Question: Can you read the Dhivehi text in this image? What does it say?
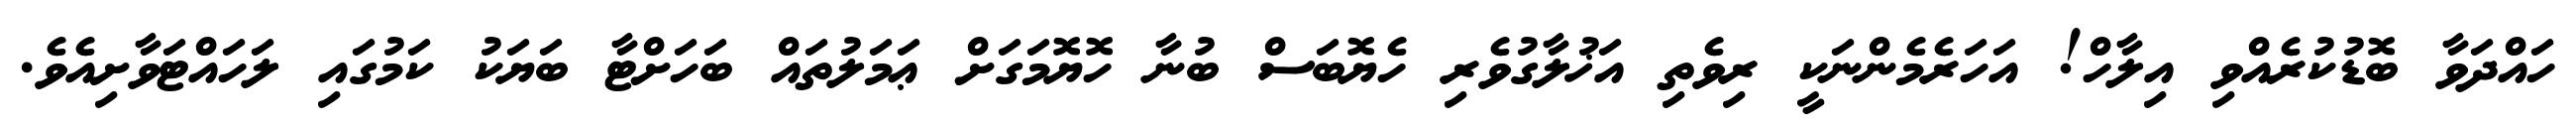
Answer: ހައްދަވާ ބޮޑުކުރެއްވި އިލާހް! އަހަރެމެންނަކީ ރިވެތި އަޚުލާގުވެރި ހެޔޮބަސް ބުނާ ހޮޔޮމަގަށް ޢަމަލުތައް ބަހަށްޓާ ބަޔަކު ކަމުގައި ލަހައްޓަވާށިއެވެ.